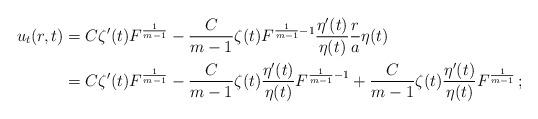
LaTeX: \begin{align*}\begin{aligned}u_t(r, t)&=C \zeta'(t) F^{\frac 1{m-1}} - \frac C{m-1}\zeta(t) F^{\frac 1{m-1}-1}\frac{\eta'(t)}{\eta(t)}\frac{r}{a} \eta(t) \\&= C \zeta'(t) F^{\frac 1{m-1}} - \frac{C}{m-1}\zeta(t)\frac{\eta'(t)}{\eta(t)}F^{\frac 1{m-1}-1}+\frac C{m-1}\zeta(t)\frac{\eta'(t)}{\eta(t)}F^{\frac 1{m-1}}\,;\end{aligned}\end{align*}